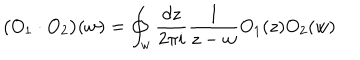
\big ( O _ { 1 } \cdot O _ { 2 } \big ) ( w ) = \oint _ { w } \frac { d z } { 2 \pi i } \frac { 1 } { z - w } O _ { 1 } ( z ) O _ { 2 } ( w )